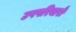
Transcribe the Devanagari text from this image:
उपपरिवारों